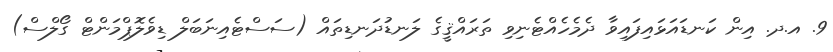
9. އ.ދ. އިން ކަނޑައަޅައިފައިވާ ދެމެހެއްޓެނިވި ތަރައްޤީގެ ލަނޑުދަނޑިތައް (ސަސްޓެއިނަބަލް ޑިވެލޮޕްމަންޓް ގޯލްސް)